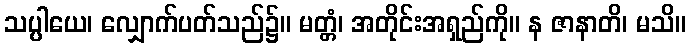
သပ္ပါယေ၊ လျှောက်ပတ်သည်၌။ မတ္တံ၊ အတိုင်းအရှည်ကို။ န ဇာနာတိ၊ မသိ။